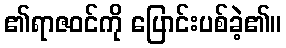
၏ရာဇဝင်ကို ပြောင်းပစ်ခဲ့၏။